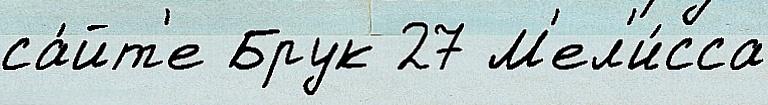
са́йт'е Брук 27 М'ел'и́сса